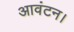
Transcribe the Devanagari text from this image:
आवंटन।